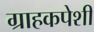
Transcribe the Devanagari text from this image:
ग्राहकपेशी